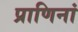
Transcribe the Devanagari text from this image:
प्राणिनां